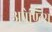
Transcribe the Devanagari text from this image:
अप्रेण्टिस